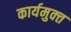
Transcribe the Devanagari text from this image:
कार्यमुक्‍त